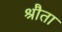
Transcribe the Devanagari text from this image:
श्रौता